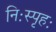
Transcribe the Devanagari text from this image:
निःस्पृहः